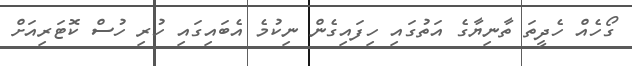
ގޯހެއް ހެދީތަ ތާނިޔާގެ އަތުގައި ހިފައިގެން ނިކުމެ އެބައިގައި ހުރި ހުސް ކޮޓަރިއަށް